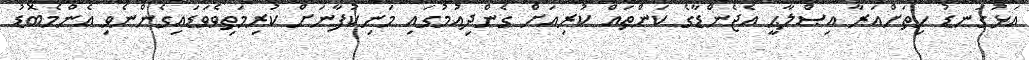
އަޅުގަނޑު ހިތަށްއަރާ އިޞްލާޙީ އެޖެންޑާގެ ކަންތައް ކުރިއަށް ގެންދިއުމުގައި މަނިކުފާނަށް ކުރިމަތިވެވަޑައިގެންނެވި އެންމެބޮޑު